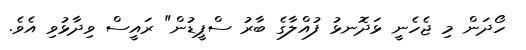
ހޯދަން މި ޖެހެނީ ޅަދޮނޅު ފުއްލާގެ ބާރު ސްޕީޑުން" ރައީސް ވިދާޅުވި އެވެ.